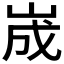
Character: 𡷫